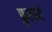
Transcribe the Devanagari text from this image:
फुलाये